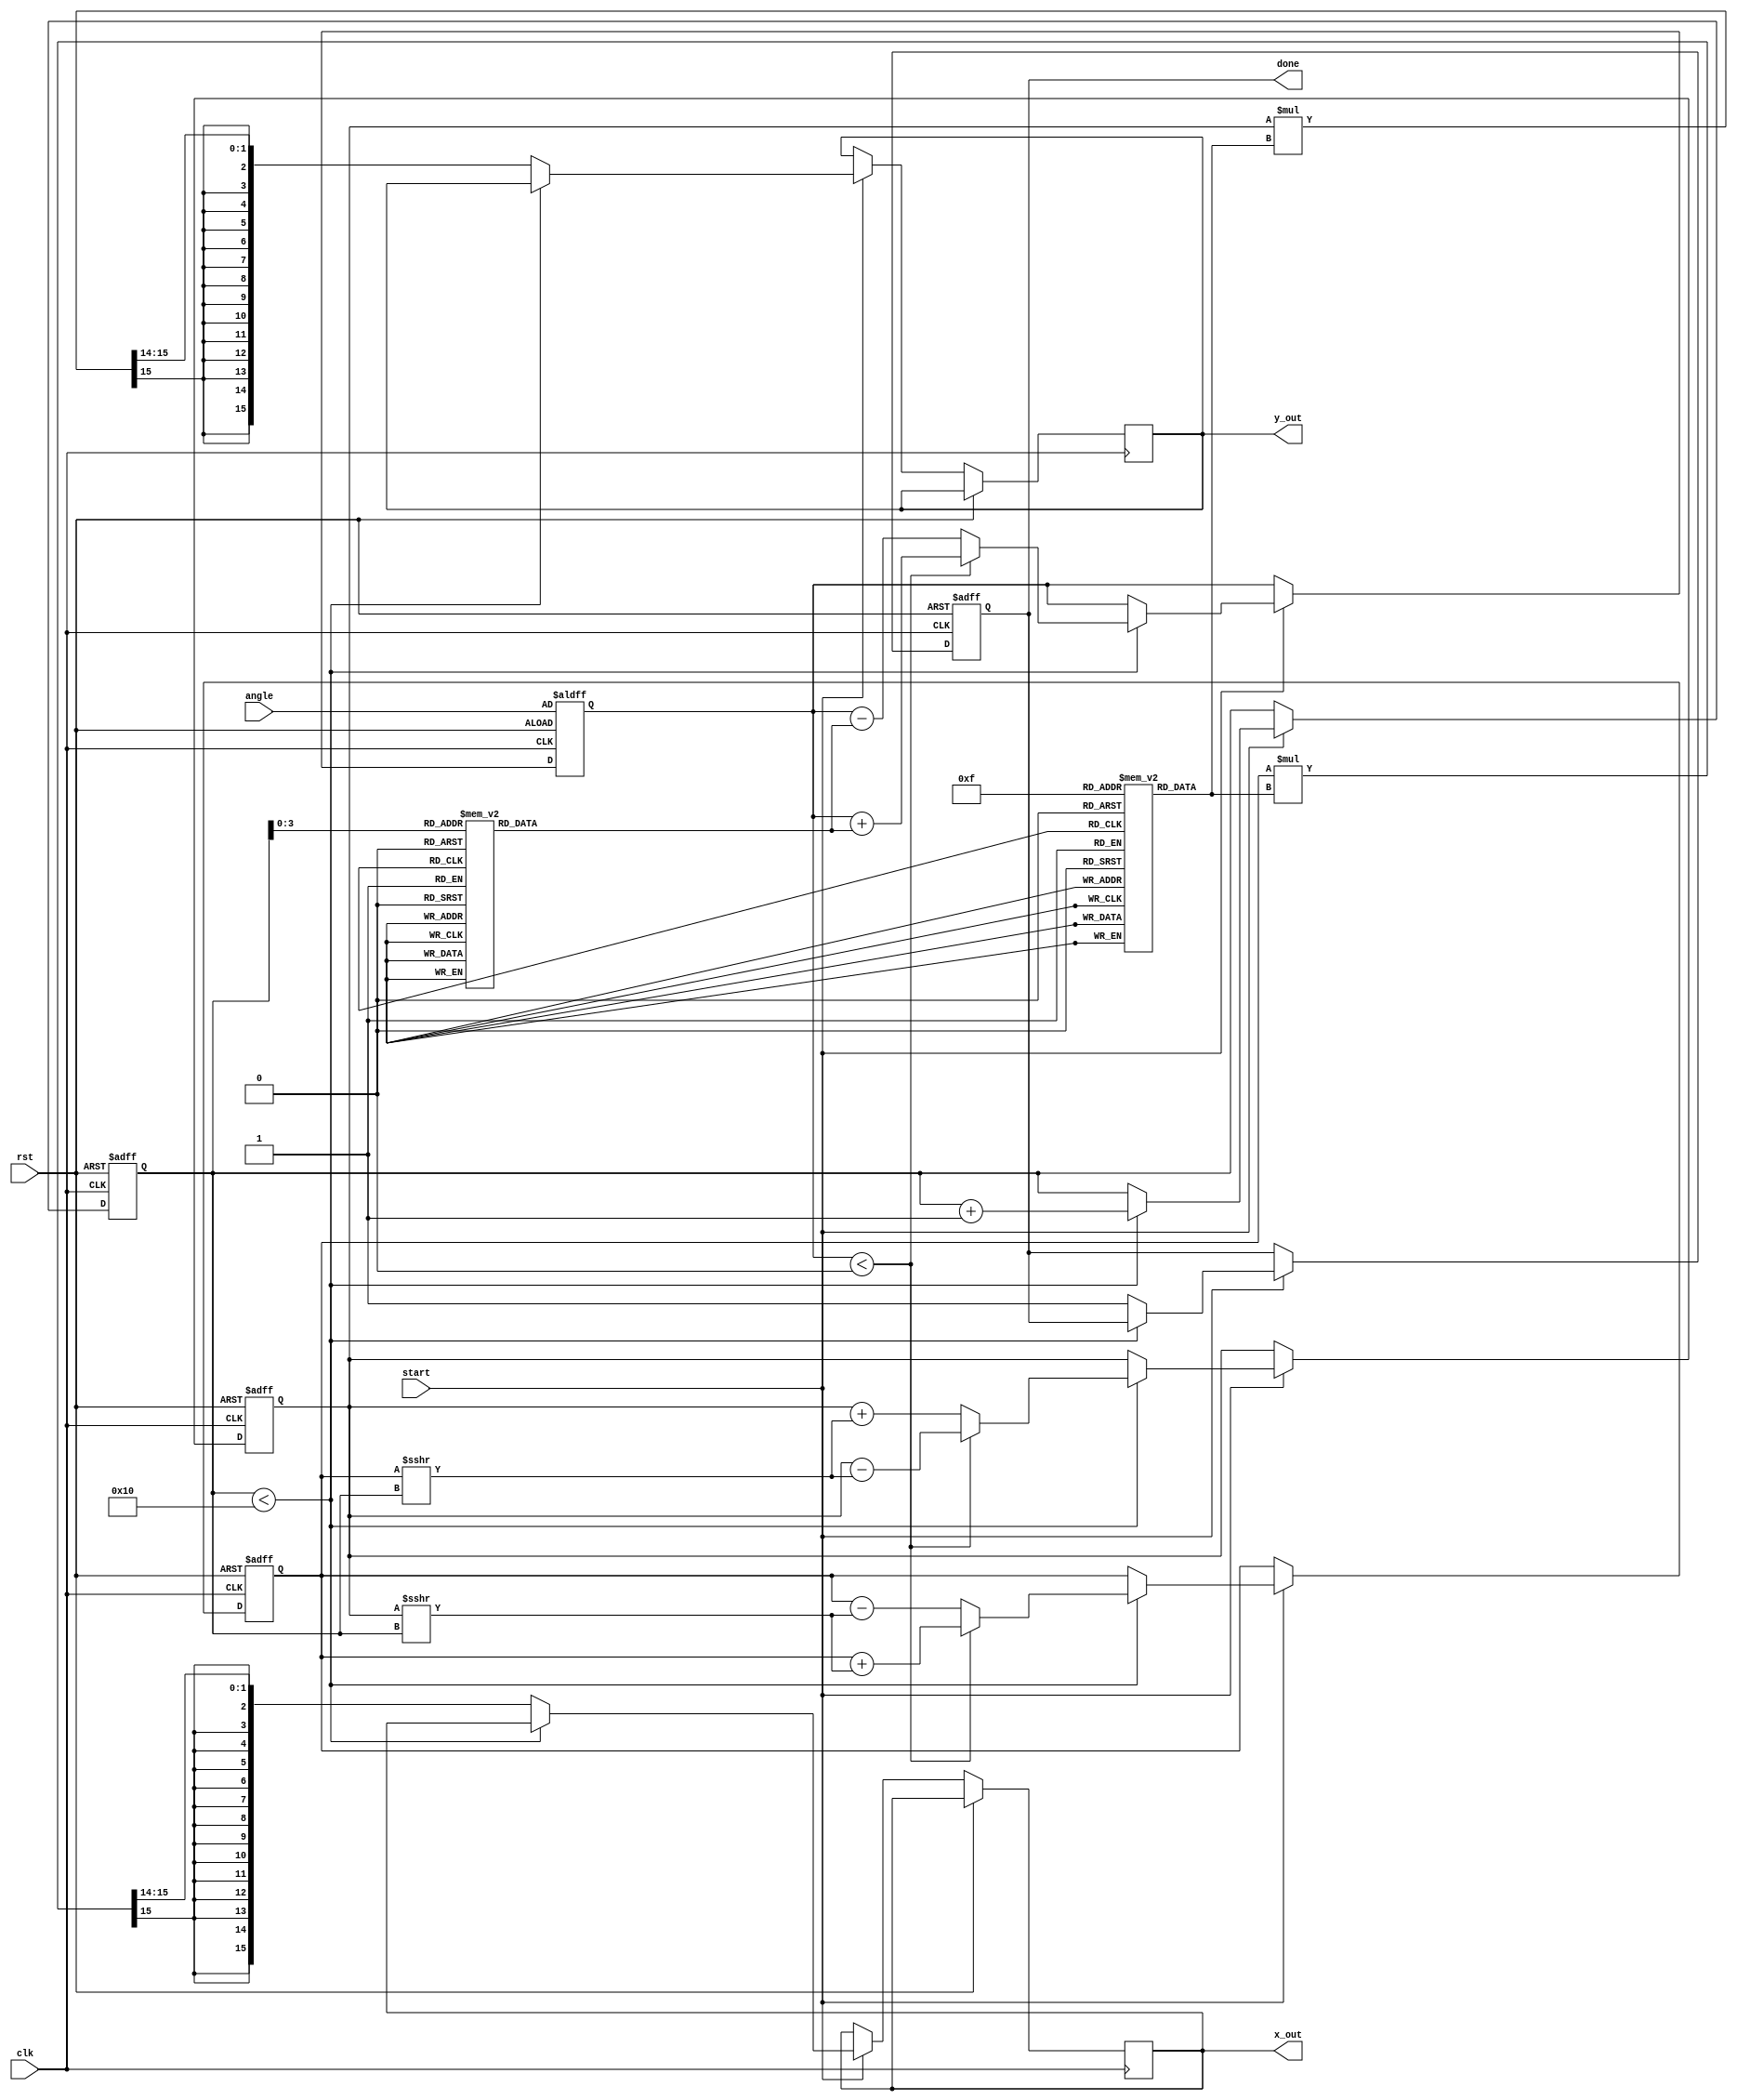
module cordic #(
    parameter NUM_ITERATIONS = 16,  // Number of iterations for CORDIC
    parameter DATA_WIDTH = 16        // Width of fixed-point representation
)(
    input wire clk,
    input wire rst,
    input wire start,
    input wire signed [DATA_WIDTH-1:0] angle,  // Input angle in fixed-point format
    output reg signed [DATA_WIDTH-1:0] x_out,   // Output cosine value
    output reg signed [DATA_WIDTH-1:0] y_out,   // Output sine value
    output reg done
);

    // CORDIC Lookup Tables
    reg signed [DATA_WIDTH-1:0] angle_lut [0:NUM_ITERATIONS-1];
    reg signed [DATA_WIDTH-1:0] gain_lut [0:NUM_ITERATIONS-1];

    // Internal registers
    reg signed [DATA_WIDTH-1:0] x;
    reg signed [DATA_WIDTH-1:0] y;
    reg signed [DATA_WIDTH-1:0] z;
    reg [4:0] iteration;  // To keep track of the current iteration

    // Initialize LUTs
    initial begin
        // Predefined angles in fixed-point format (scaled)
        angle_lut[0] = 16'h3C90; // atan(2^-0) = 45 degrees
        angle_lut[1] = 16'h3B2D; // atan(2^-1)
        angle_lut[2] = 16'h3A2D; // atan(2^-2)
        angle_lut[3] = 16'h3988; // atan(2^-3)
        angle_lut[4] = 16'h3932; // atan(2^-4)
        angle_lut[5] = 16'h38E2; // atan(2^-5)
        angle_lut[6] = 16'h38A2; // atan(2^-6)
        angle_lut[7] = 16'h3864; // atan(2^-7)
        angle_lut[8] = 16'h3820; // atan(2^-8)
        angle_lut[9] = 16'h37E1; // atan(2^-9)
        angle_lut[10] = 16'h37A3; // atan(2^-10)
        angle_lut[11] = 16'h3767; // atan(2^-11)
        angle_lut[12] = 16'h3730; // atan(2^-12)
        angle_lut[13] = 16'h36F6; // atan(2^-13)
        angle_lut[14] = 16'h36C8; // atan(2^-14)
        angle_lut[15] = 16'h369C; // atan(2^-15)

        // Predefined gain values
        gain_lut[0] = 16'h4000; // 1.0 in fixed-point
        gain_lut[1] = 16'h5A82; // 1/(1+2^-2)
        gain_lut[2] = 16'h5A82; // 1/(1+2^-4)
        gain_lut[3] = 16'h5A82; // 1/(1+2^-6)
        gain_lut[4] = 16'h5A82; // 1/(1+2^-8)
        gain_lut[5] = 16'h5A82; // 1/(1+2^-10)
        gain_lut[6] = 16'h5A82; // 1/(1+2^-12)
        gain_lut[7] = 16'h5A82; // 1/(1+2^-14)
        gain_lut[8] = 16'h5A82; // 1/(1+2^-16)
        gain_lut[9] = 16'h5A82; // 1/(1+2^-18)
        gain_lut[10] = 16'h5A82; // 1/(1+2^-20)
        gain_lut[11] = 16'h5A82; // 1/(1+2^-22)
        gain_lut[12] = 16'h5A82; // 1/(1+2^-24)
        gain_lut[13] = 16'h5A82; // 1/(1+2^-26)
        gain_lut[14] = 16'h5A82; // 1/(1+2^-28)
        gain_lut[15] = 16'h5A82; // 1/(1+2^-30)
    end
    
    // CORDIC computation
    always @(posedge clk or posedge rst) begin
        if (rst) begin
            x <= 16'h4000;  // Initial x = 1.0
            y <= 16'h0000;  // Initial y = 0.0
            z <= angle;     // Input angle
            iteration <= 0;
            done <= 0;
        end else if (start) begin
            if (iteration < NUM_ITERATIONS) begin
                // Perform CORDIC iterations
                if (z < 0) begin
                    // Clockwise rotation
                    x <= x + (y >>> iteration);
                    y <= y - (x >>> iteration);
                    z <= z + angle_lut[iteration];
                end else begin
                    // Counterclockwise rotation
                    x <= x - (y >>> iteration);
                    y <= y + (x >>> iteration);
                    z <= z - angle_lut[iteration];
                end
                iteration <= iteration + 1;
            end else begin
                // Scale the results using the gain
                x_out <= (x * gain_lut[NUM_ITERATIONS-1]) >>> 14; // Adjust bit-shift for scaling
                y_out <= (y * gain_lut[NUM_ITERATIONS-1]) >>> 14; // Adjust bit-shift for scaling
                done <= 1; // Indicate completion
            end
        end
    end
endmodule